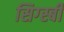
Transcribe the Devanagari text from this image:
सिग्स्बी